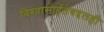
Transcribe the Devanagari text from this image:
विश्‍वासार्हतेबद्दलही